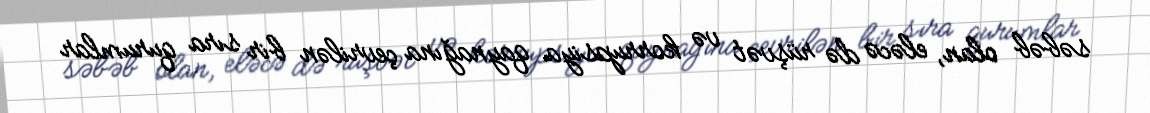
səbəb olan, eləcə də rüşvət və korrupsiya qaynağına çevrilən bir sıra qurumlar